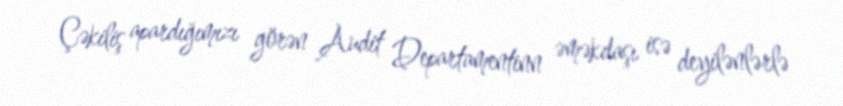
Çəkiliş apardığımızı görən Audit Departamentinn əməkdaşı isə deyilənlərlə